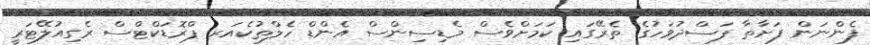
ފެންނަން ފަށާތާ ފަސްދުވަހުގެ ތެރޭގައި ކަމަށްވެސް މެޑިސިންސް އެންޑް ހެލްތުކެއަރ ޕްރޮޑަކްޓްސް ރެގިއުލޭޓަރީ